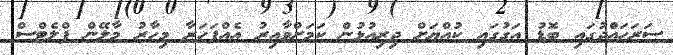
ސަރަހައްދުގައި ބޮޑު އަގުގައި ކުއްޔަށް ދިރިއުޅުން ކަމަށްވާއިރު އެއްފަހަރާ މިހާރު މާލޭން ފްލެޓްސް